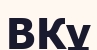
ВКұ